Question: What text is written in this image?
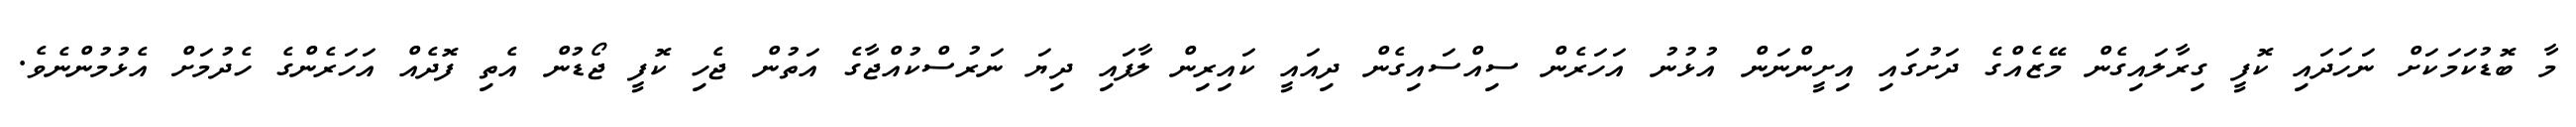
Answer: މާ ބޮޑުކަމަކަށް ނަހަދައި ކޮފީ ގިރާލައިގެން މޭޒެއްގެ ދަށުގައި އިށީންނަން އުޅުނު އަހަރެން ސިއްސައިގެން ދިއައީ ކައިރިން ލާފައި ދިޔަ ނަރުސްކުއްޖާގެ އަތުން ޖެހި ކޮފީ ޖޯޑުން އެތި ފޮދެއް އަހަރެންގެ ހެދުމަށް އެޅުމުންނެވެ.